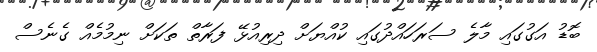
ބޮޑު އަގުގައި މާލެ ސަރަހައްދުގައި ކުއްޔަށް ދިރިއުޅޭ ފަރާތް ތަކަށް ނިމުމެއް ގެނެސް